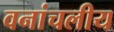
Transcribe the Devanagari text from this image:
वनांचलीय